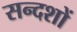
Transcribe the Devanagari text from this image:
सन्दशों